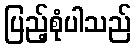
ပြည့်စုံပါသည်